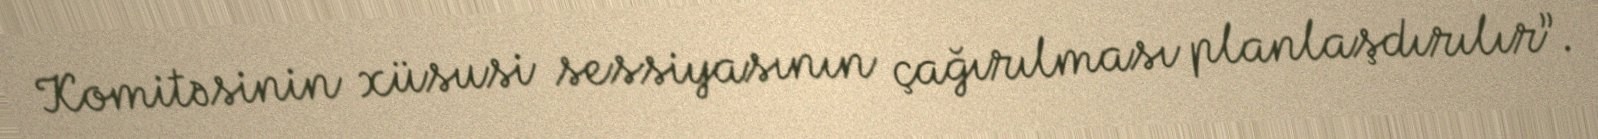
Komitəsinin xüsusi sessiyasının çağırılması planlaşdırılır”.